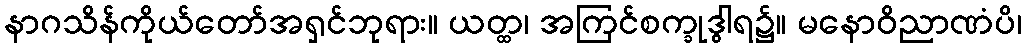
နာဂသိန်ကိုယ်တော်အရှင်ဘုရား။ ယတ္ထ၊ အကြင်စက္ခုဒွါရ၌။ မနောဝိညာဏံပိ၊